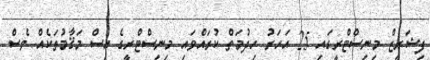
ފިޝަރީޒް މިނިސްޓްރީގައި 25 އަހަރު ހިދުމަތް ކުރައްވައި މިނިސްޓްރީގެ އިސް މަޤާމުތަކެއް ވެސް